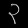
Digit: ၃